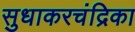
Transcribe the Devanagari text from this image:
सुधाकरचंद्रिका